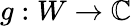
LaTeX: g:W\to\mathbb{C}